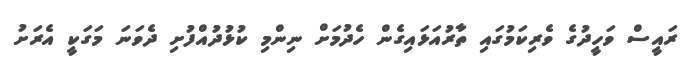
ރައީސް ވަހީދުގެ ވެރިކަމުގައި ތާރުއަޅައިގެން ހެދުމަށް ނިންމި ކުޅުދުއްފުށި ދެވަނަ މަގަކީ އެރަށު